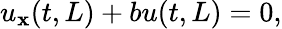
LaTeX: u_{\mathbf{x}}(t,L)+bu(t,L)=0,